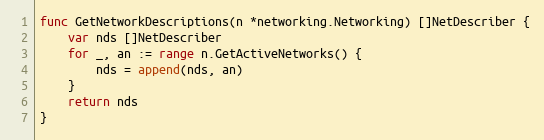
Language: Go
func GetNetworkDescriptions(n *networking.Networking) []NetDescriber {
	var nds []NetDescriber
	for _, an := range n.GetActiveNetworks() {
		nds = append(nds, an)
	}
	return nds
}